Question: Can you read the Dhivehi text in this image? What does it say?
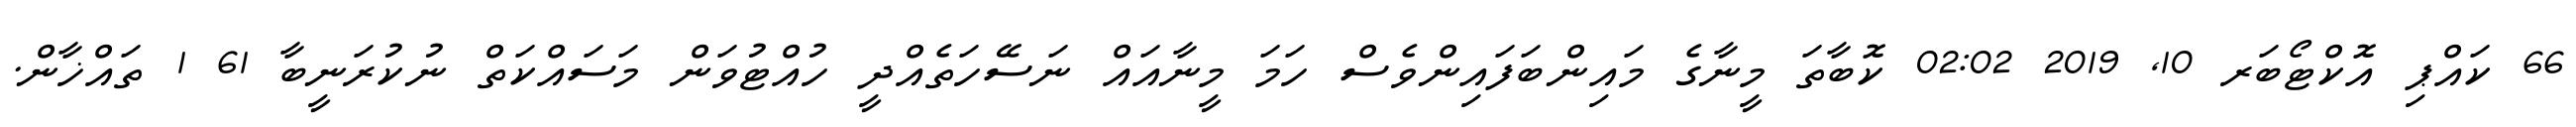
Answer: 66 ކައްޕި އޮކްޓޯބަރ 10, 2019 02:02 ކޮބާތަ މީނާގެ މައިންބަފައިންވެސް ހަމަ މީނާއައް ނަސޭހަތެއްދީ ހުއްޓުވަން މަސައްކަތް ނުކުރަނީބާ 61 1 ތައްޚާން.